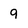
Character: 9